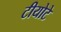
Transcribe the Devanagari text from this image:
टीयोटे